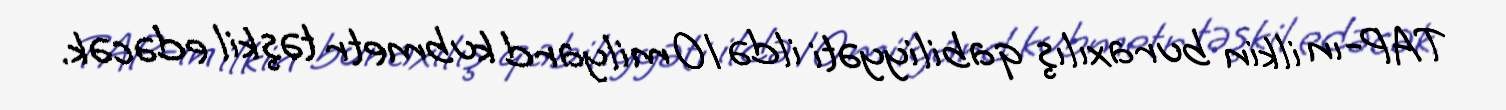
TAP-ın ilkin buraxılış qabiliyyəti ildə 10 milyard kubmetr təşkil edəcək.